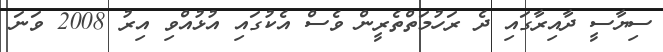
ސިޔާސީ ދާއިރާގައި ދެ ރަހުމަތްތެރީން ވެސް އެކުގައި އުޅުއްވި އިރު 2008 ވަނަ